画像に写った文字を読んでください
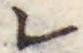
「レ」と書いてあります